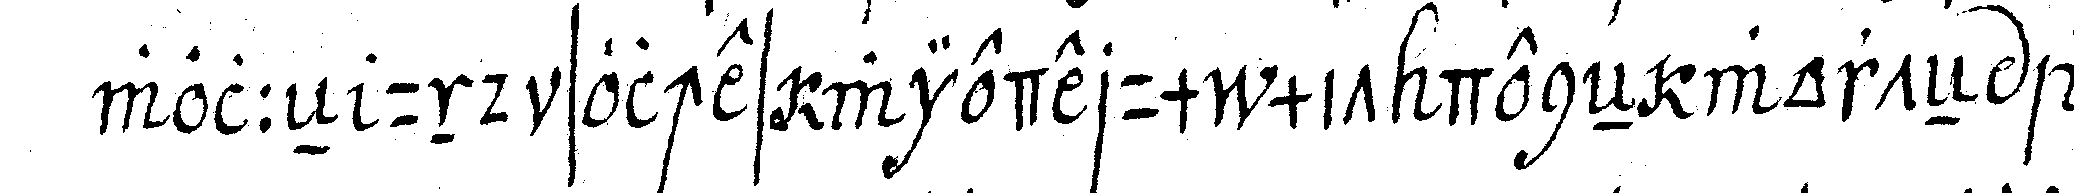
wolleN und solches wiederum mit deneN worteN an